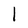
Character: l